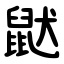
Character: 鼣